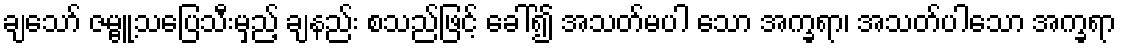
ချသော် ဇမ္ဗူ့သပြေသီးမှည့် ချနည်း စသည်ဖြင့် ခေါ်၍ အသတ်မပါ သော အက္ခရာ၊ အသတ်ပါသော အက္ခရာ